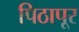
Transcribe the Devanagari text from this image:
पिठापूर